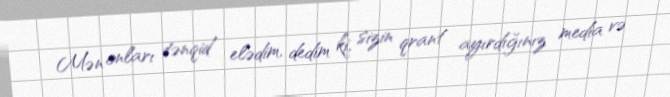
Mən onları tənqid elədim, dedim ki, sizin qrant ayırdığınız media və